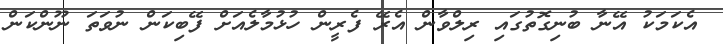
އެކަމަކު އޭނާ ބުނިގޮތުގައި ރިލްވާން އެރޭ ފެރީން ހުޅުމާލެއަށް ފޭބިކަން ނުވަތަ ނޫންކަން